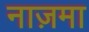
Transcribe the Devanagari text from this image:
नाज़मा